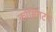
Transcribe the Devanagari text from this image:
कोसिंगटन